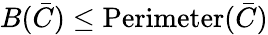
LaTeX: B({\bar{C}})\leq\operatorname{Perimeter}({\bar{C}})